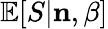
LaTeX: \mathbb{E}[S|{\mathbf n},\beta]